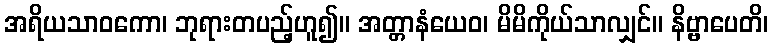
အရိယသာဝကော၊ ဘုရားတပည့်ဟူ၍။ အတ္တာနံယေဝ၊ မိမိကိုယ်သာလျှင်။ နိဗ္ဗာပေတိ၊